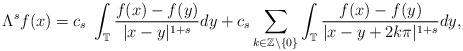
LaTeX: \begin{align*} \Lambda^{s} f(x)=c_{s}\; \int_{\mathbb{T}} \frac{f(x)-f(y)}{|x-y|^{1+s}}dy+c_{s}\sum_{k\in\mathbb{Z}\setminus\{0\}} \int_{\mathbb{T}} \frac{f(x)-f(y)}{|x-y+2k\pi|^{1+s}}dy,\end{align*}